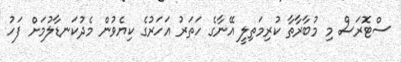
ސްޓޮރަސް މި މުބާރާތާ ކުރިމަތިލީ އޭނާގެ ހަތަރު އަހަރުގެ ކިޔެވުން މެދުކަނޑާލުމަށް ފަހު